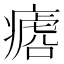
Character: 𱱡